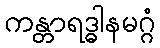
ကန္တာရဒ္ဓါနမဂ္ဂံ